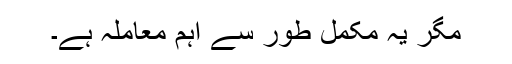
مگر یہ مکمل طور سے اہم معاملہ ہے۔